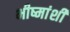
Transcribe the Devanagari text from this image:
भीष्मांशी